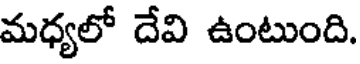
మధ్యలో దేవి ఉంటుంది.